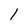
Character: l